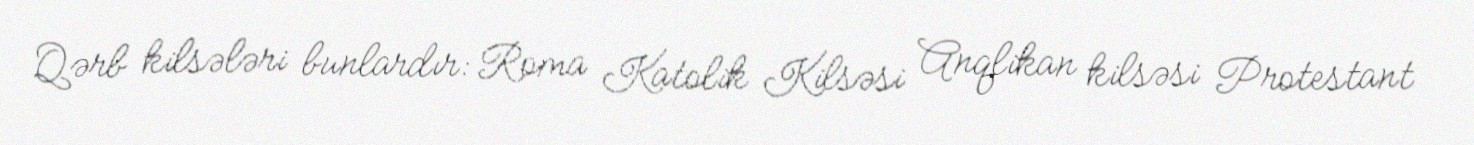
Qərb kilsələri bunlardır: Roma Katolik Kilsəsi Anqlikan kilsəsi Protestant